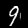
Digit: 9